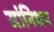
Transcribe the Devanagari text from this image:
सांनिधप